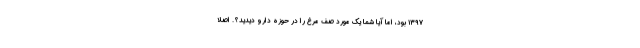
۱۳۹۷ بود، اما آیا شما یک مورد صف مرغ را در حوزه دارو دیدید؟. اصلا